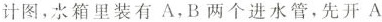
计图，水箱里装有A，B两个进水管，先开 A